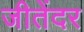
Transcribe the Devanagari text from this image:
जीतेंदर